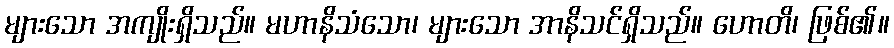
များသော အကျိုးရှိသည်။ မဟာနိသံသော၊ များသော အာနိသင်ရှိသည်။ ဟောတိ၊ ဖြစ်၏။